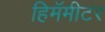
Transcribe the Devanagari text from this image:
हिमॅमीटर